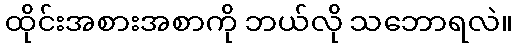
ထိုင်းအစားအစာကို ဘယ်လို သဘောရလဲ။